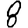
Digit: 8